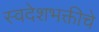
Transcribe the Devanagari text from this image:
स्वदेशभक्तीचे